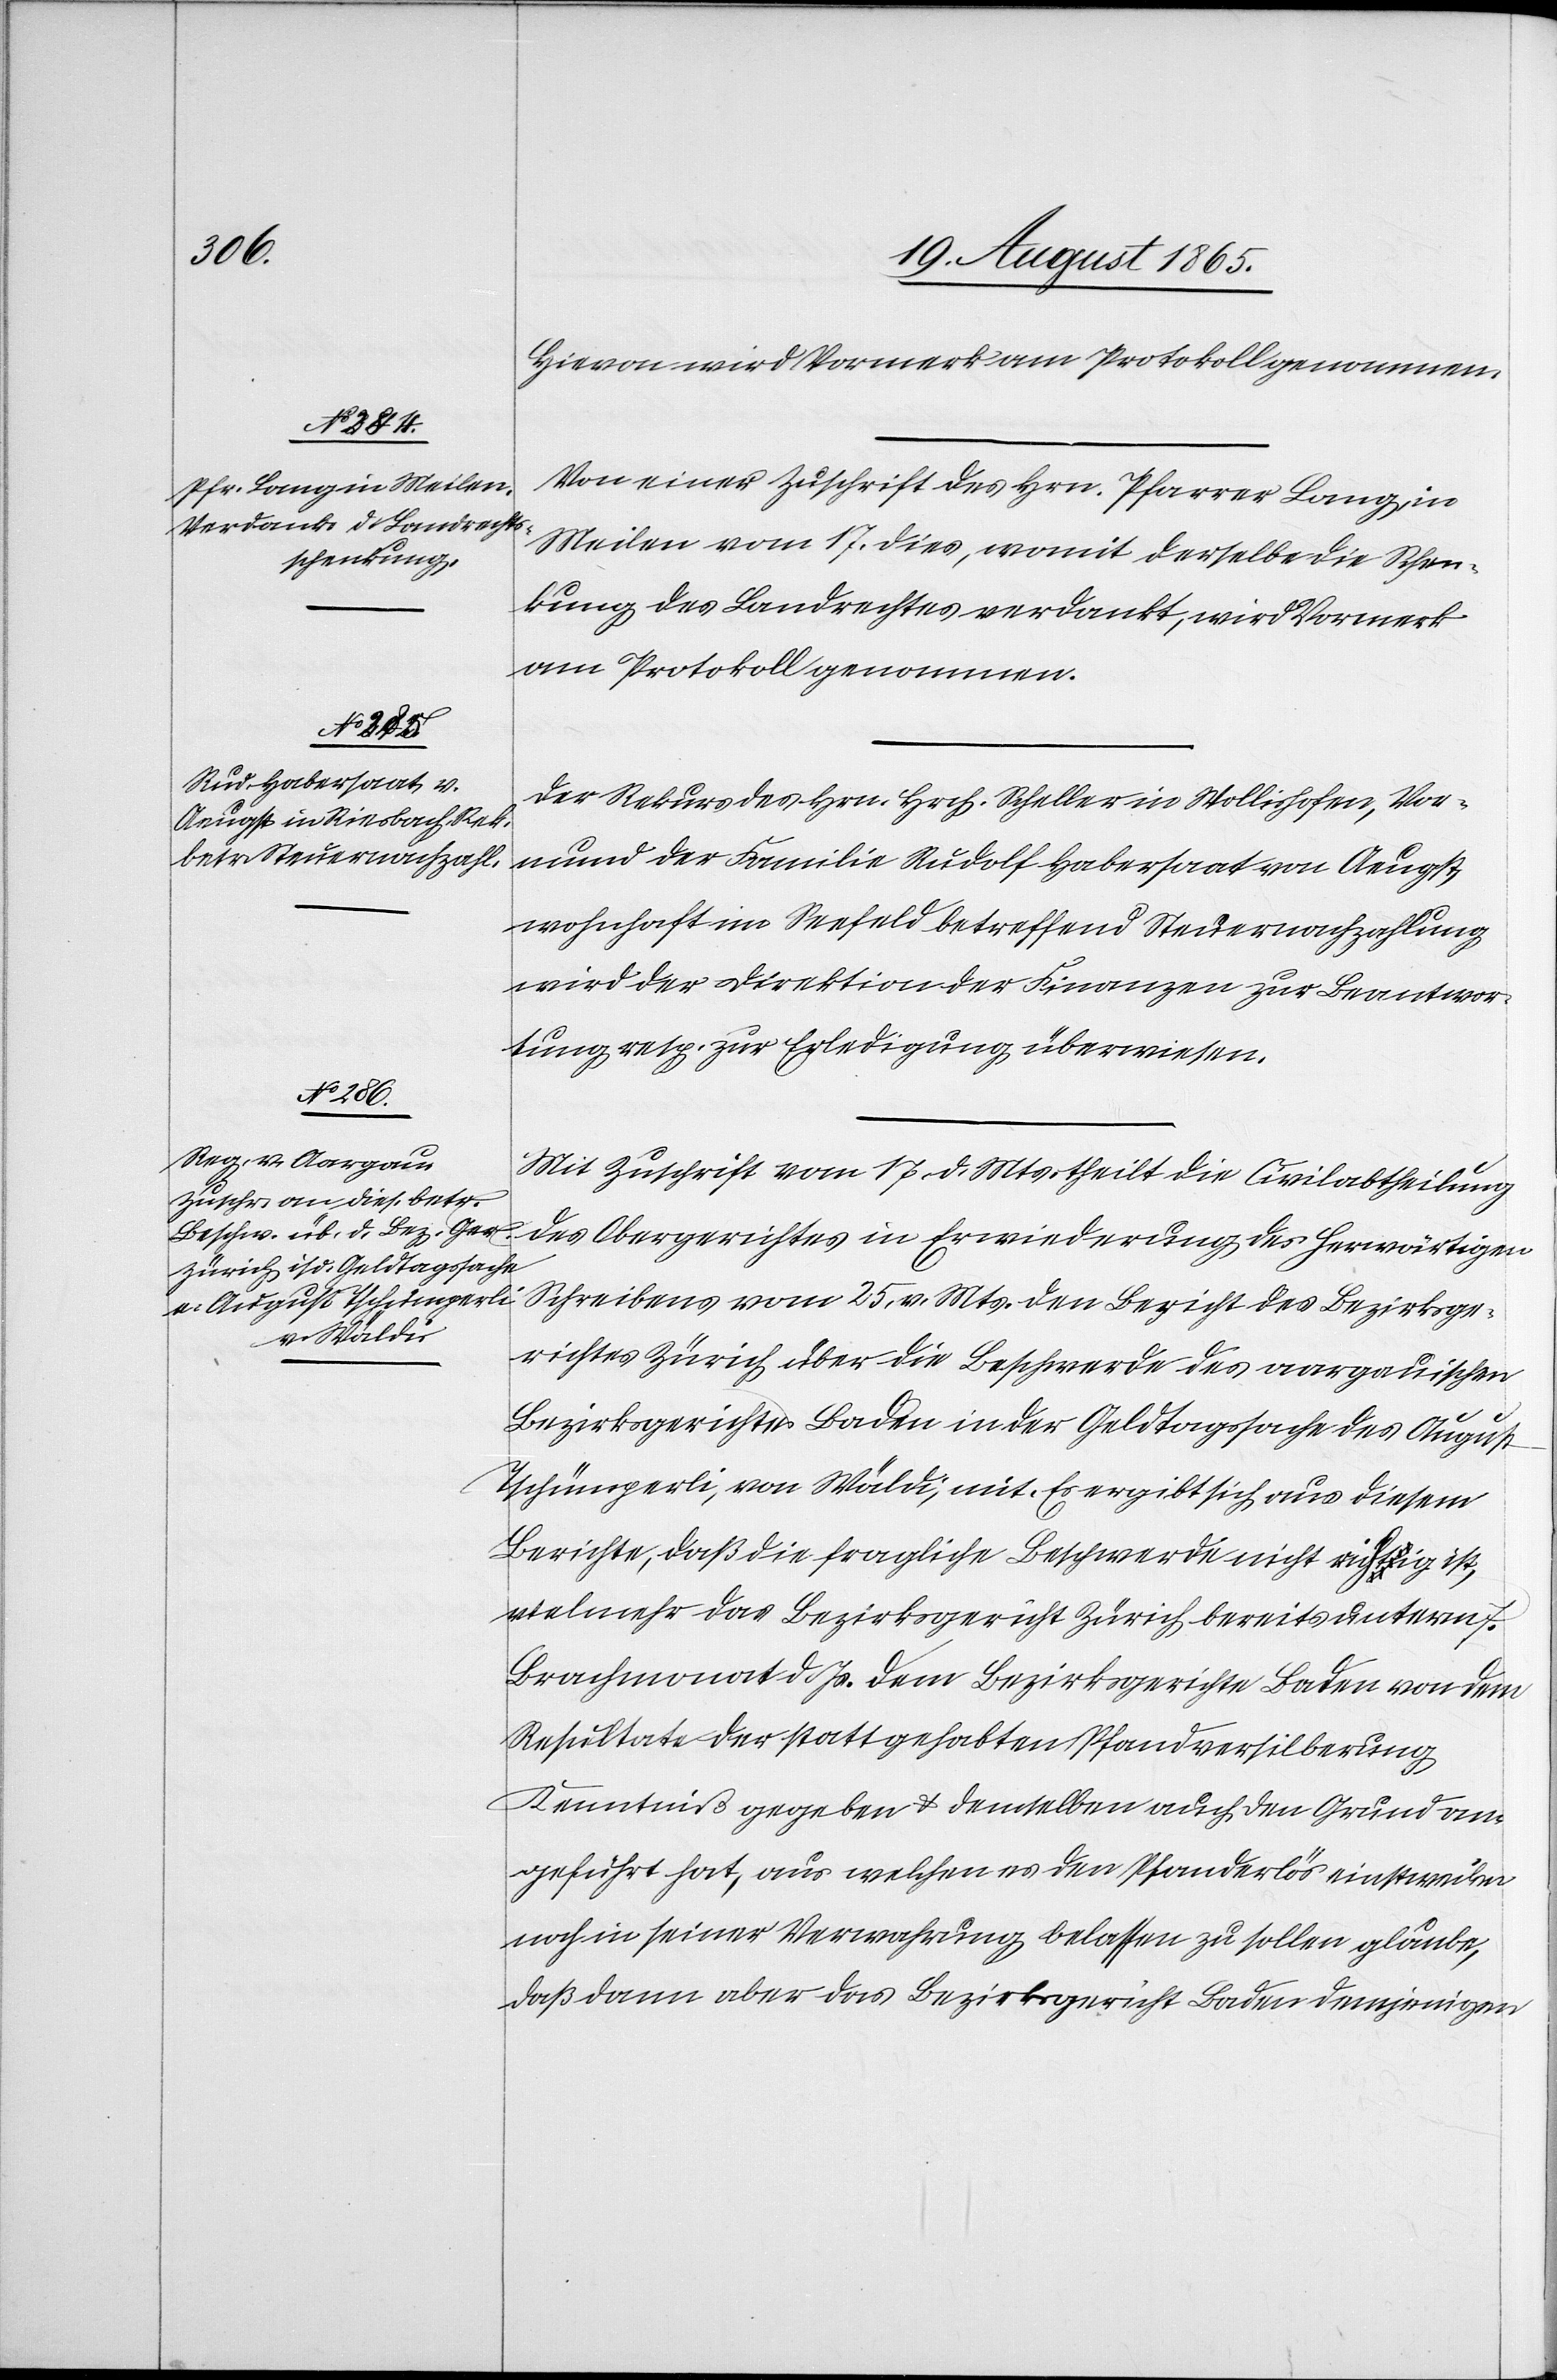
Hievon wird Vormerk am Protokoll genommen.
Von einer Zuschrift des Hrn. Pfarrer Lang, in
Meilen vom 17. dies, womit derselbe die Schen¬
kung des Landrechtes verdankt, wird Vormerk
am Protokoll genommen.
Der Rekurs des Hrn. Hrch. Scheller in Wollishofen, Vor¬
mund der Familie Rudolf Habersaat von Aeugst,
wohnhaft im Seefeld betreffend Steuernachzahlung
wird der Direktion der Finanzen zur Beantwor¬
tung resp. zur Erledigung überwiesen.
Mit Zuschrift vom 17. d. Mts. theilt die Civilabtheilung
des Obergerichtes in Erwiederung des herwärtigen
Schreibens vom 25. v. Mts. den Bericht des Bezirksge¬
richtes Zürich über die Beschwerde des aargauischen
Bezirksgerichts Baden in der Geldtagssache des August
Tschümperli, von Wäldi, mit. Es ergibt sich aus diesem
Berichte, daß die fragliche Beschwerde nicht richtig ist,
vielmehr das Bezirksgericht Zürich bereits unterm 7.
Brachmonat d. Js. dem Bezirksgerichte Baden von dem
Resultate der stattgehabten Pfandversilberung
Kenntniß gegeben u. demselben auch den Grund an¬
geführt hat, aus welchen es den Pfanderlös einstweilen
noch in seiner Verwahrung belassen zu sollen glaube,
daß dann aber das Bezirksgericht Baden demjenigen